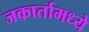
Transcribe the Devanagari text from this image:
जकार्तामध्ये